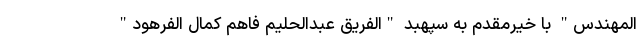
المهندس" با خیرمقدم به سپهبد "الفریق عبدالحلیم فاهم کمال الفرهود"